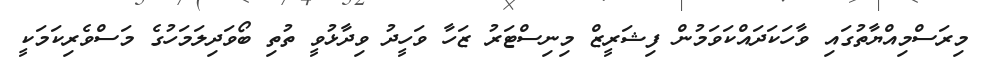
މިރަސްމިއްޔާތުގައި ވާހަކަދައްކަވަމުން ފިޝަރީޒް މިނިސްޓަރު ޒަހާ ވަހީދު ވިދާޅުވީ ތުތި ބޯވަދިލަމަހުގެ މަސްވެރިކަމަކީ